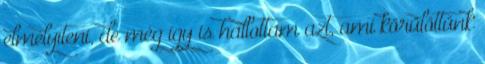
elmélyíteni, de még így is hallottam azt, ami körülöttünk